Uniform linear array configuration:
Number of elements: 48
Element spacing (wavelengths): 0.75
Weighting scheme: exponential
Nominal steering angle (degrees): -30
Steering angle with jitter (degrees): -30.512
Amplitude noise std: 0.05
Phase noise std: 0.05

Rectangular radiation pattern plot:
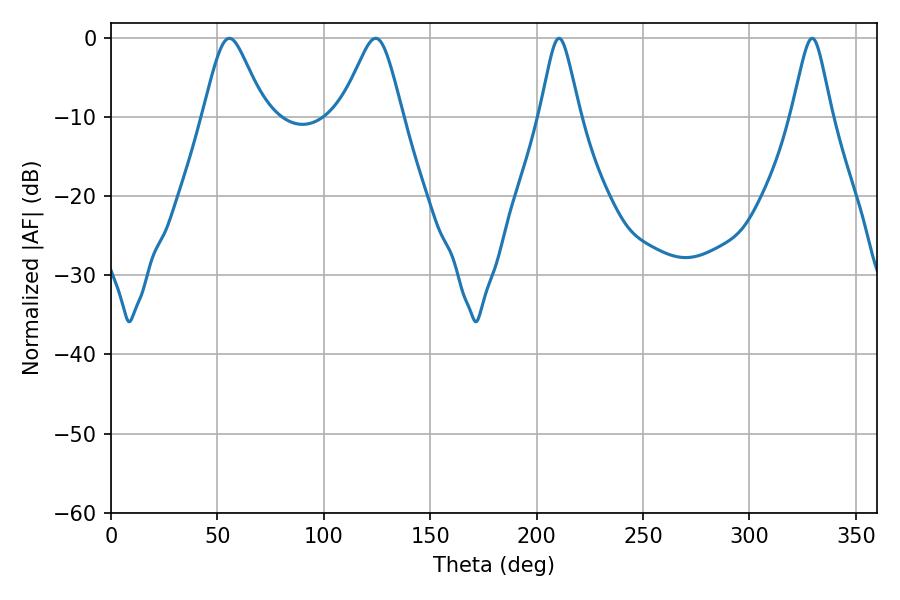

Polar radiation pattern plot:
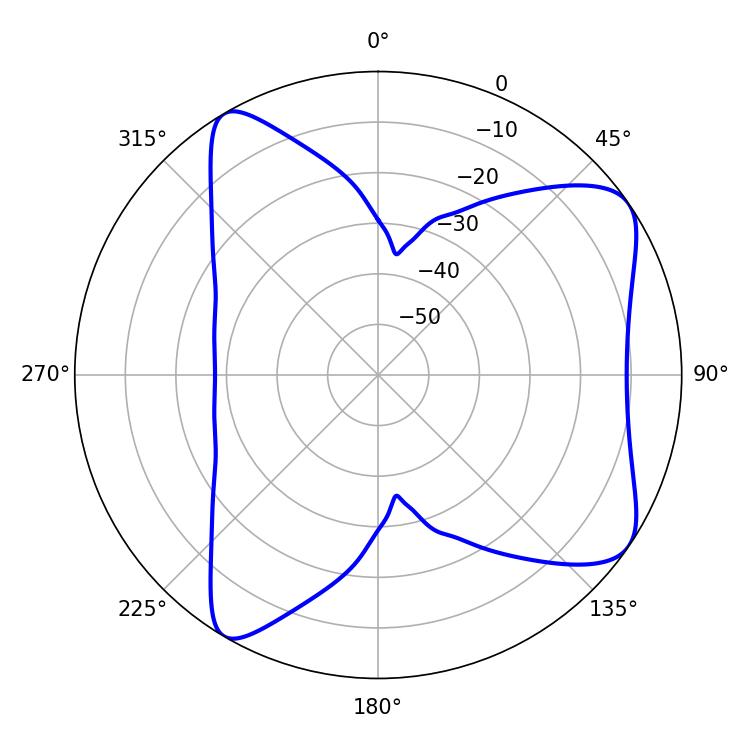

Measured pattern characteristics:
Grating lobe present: TRUE
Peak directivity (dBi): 7.813
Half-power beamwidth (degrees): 14.04
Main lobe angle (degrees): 55.62